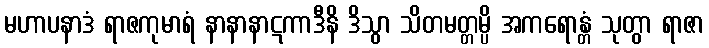
မဟာပနာဒံ ရာဇကုမာရံ နာနာနာဋကာဒီနိ ဒိသွာ သိတမတ္တမ္ပိ အကရောန္တံ သုတွာ ရာဇာ